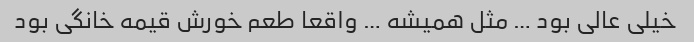
خیلی عالی بود … مثل همیشه … واقعا طعم خورش قیمه خانگی بود